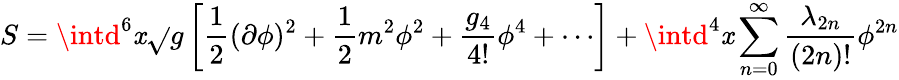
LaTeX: S=\intd^{6}\mathit{x}\sqrt{}{{g}}\left[{\frac{{1}}{{2}}}(\partial\phi)^{2}+{\frac{{1}}{{2}}}m^{2}\phi^{2}+{\frac{{g_{4}}}{{4!}}}\phi^{4}+\cdots\right]+\intd^{4}\mathit{x}\sum_{n=0}^{\infty}{\frac{{\lambda_{2n}}}{{(2n)!}}}\phi^{2n}